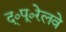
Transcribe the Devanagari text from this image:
द्०पू०रेलवे